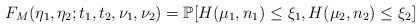
\begin{align*}F_M(\eta_1, \eta_2;t_1,t_2, \nu_1, \nu_2)=\mathbb{P}[H(\mu_1,n_1)\le\xi_1,H(\mu_2,n_2)\le\xi_2]\end{align*}